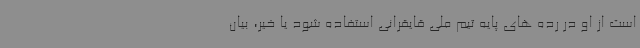
است از او در رده های پایه تیم ملی قایقرانی استفاده شود یا خیر، بیان